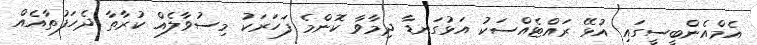
އެމްއެންބީސީގައި އުޅޭ ރައްޓެއްސަކު އަޅުގަނޑާ ދިމާވާ ކޮންމެ ފަހަރަކު މިސުވާލެއް ކުރާތާ ދެހަފުތާއެއް